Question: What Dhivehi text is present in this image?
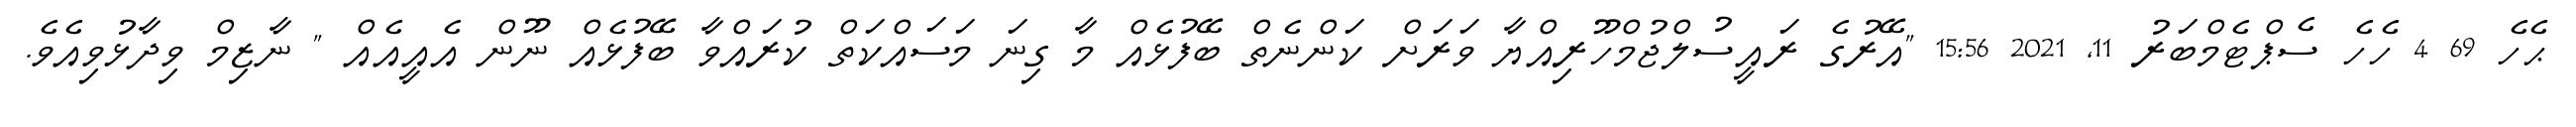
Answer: ޙެހެ 69 4 ހެހެ ސެޕްޓެމްބަރު 11, 2021 15:56 "އޭރުގެ ރައީސުލްޖުމްހޫރިއްޔާ ވަރަށް ކަންނެތް ބޭފުޅެއް މާ ގިނަ މަސައްކަތް ކުރައްވާ ބޭފުޅެއް ނޫން އެއީއެއް " ނާޒިމް ވިދާޅުވިއެވެ.